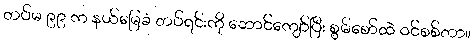
တပ်မ ၉၉ က နယ်မြေခံ တပ်ရင်းကို ဘောင်ကျော်ပြီး စွမ်စော်ထဲ ဝင်စစ်တာ။